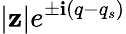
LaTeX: |\mathbf{z}|e^{\pm\textbf{{i}}(q-q_{s})}